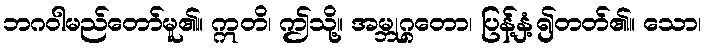
ဘဂဝါမည်တော်မူ၏။ ဣတိ၊ ဤသို့။ အမ္ဘုဂ္ဂတော၊ ပြန့်နှံ့၍တတ်၏။ သော၊